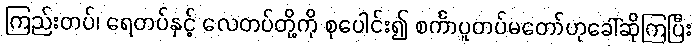
ကြည်းတပ်၊ ရေတပ်နှင့် လေတပ်တို့ကို စုပေါင်း၍ စင်္ကာပူတပ်မတော်ဟုခေါ်ဆိုကြပြီး